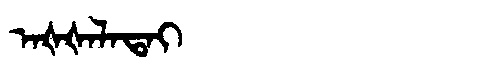
Manchu: ᠠᡧᡧᠠᠯᠠᡨᠠᡳ
Romanization: AŠŠALATAI